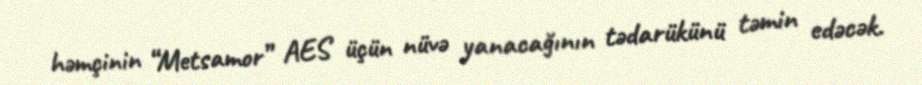
həmçinin “Metsamor” AES üçün nüvə yanacağının tədarükünü təmin edəcək.